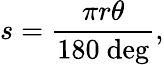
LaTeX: s={\frac{\pi r\theta}{180\ {\mathrm{deg}}}},